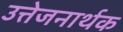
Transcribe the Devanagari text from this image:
उत्तेजनार्थक